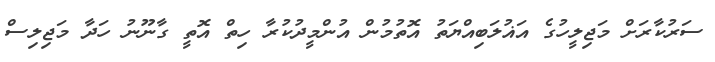
ސަރުކާރަށް މަޖިލީހުގެ އަޣުލަބިއްޔަތު އޮތުމުން އުންމީދުކުރާ ހިތް އޮތީ ގާނޫނު ހަދާ މަޖިލިސް